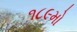
૧૮૯મો